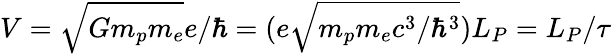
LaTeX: V=\sqrt{Gm_{p}m_{e}}e/\hbar=(e\sqrt{m_{p}m_{e}c^{3}/\hbar^{3}})L_{P}=L_{P}/\tau